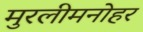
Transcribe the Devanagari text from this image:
मुरलीमनोहर